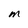
Character: M